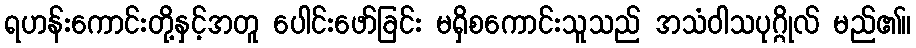
ရဟန်းကောင်းတို့နှင့်အတူ ပေါင်းဖော်ခြင်း မရှိစကောင်းသူသည် အသံဝါသပုဂ္ဂိုလ် မည်၏။